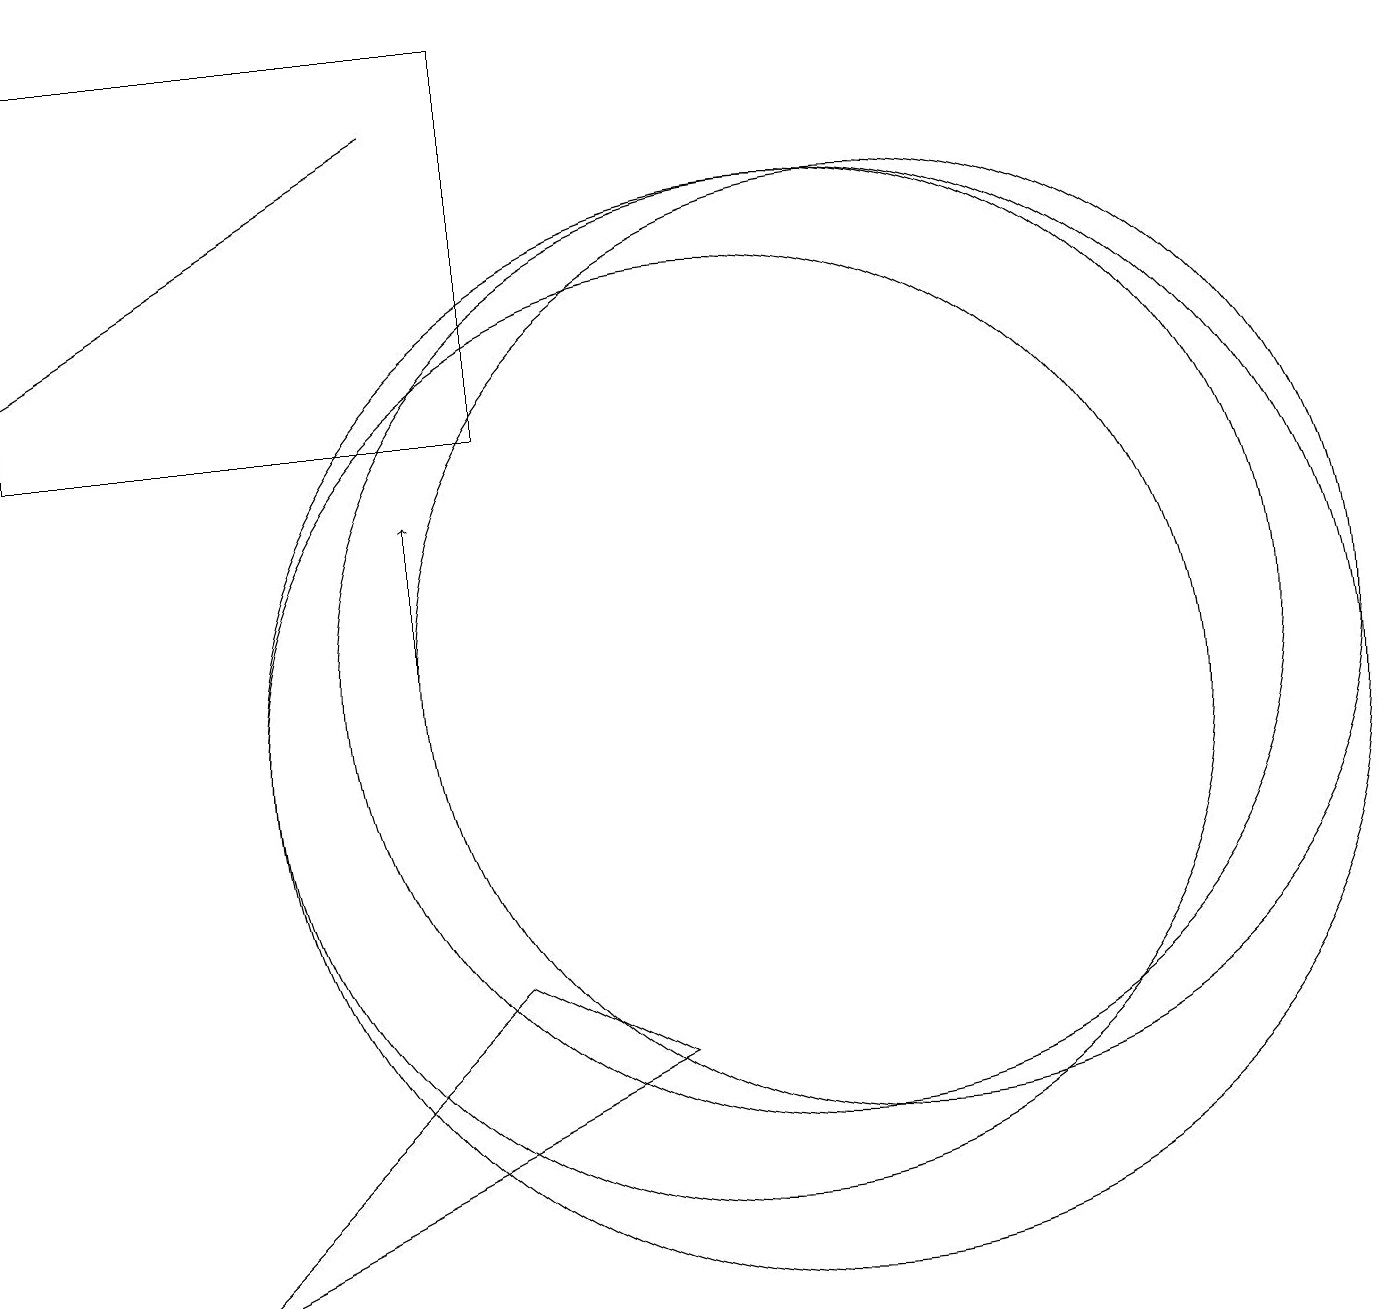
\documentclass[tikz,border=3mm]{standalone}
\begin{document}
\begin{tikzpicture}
\draw (7,14) rectangle (1,19);
\draw (11,10) circle (7);
\draw (12,11) circle (6);
\draw[->] (6,18) -- (1,15);
\draw (10,10) circle (6);
\draw (11,11) circle (6);
\draw[->] (6,11) -- (6,13);
\draw (7,7) -- (9,6) -- (3,3) -- cycle;
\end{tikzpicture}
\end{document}